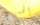
الحميمية